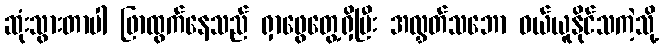
ဆုံးသွားတာပါ ဖြာထွက်နေသည် ရှာဖွေတွေ့ရှိပြီး အလွှတ်သဘော ဝယ်ယူနိုင်သကဲ့သို့